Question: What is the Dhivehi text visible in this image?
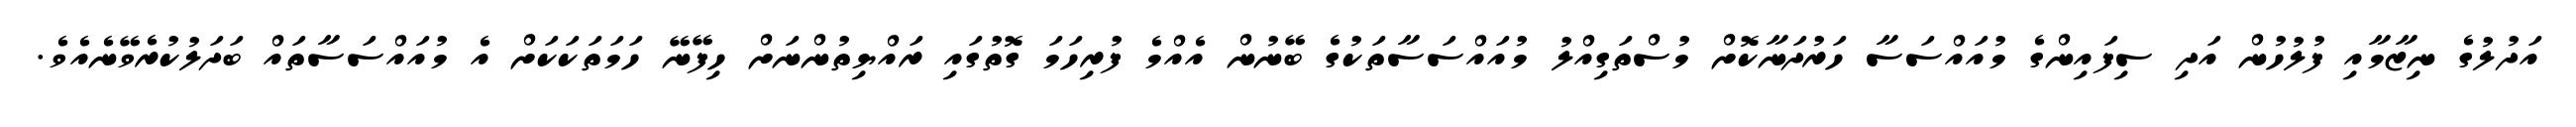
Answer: އަދުލުގެ ނިޒާމާއި ފުލުހުން އަދި ސިފައިންގެ މުއައްސަސާ ހަރުދަނާކޮށް މުސްތަގިއްލު މުއައްސަސާތަކުގެ ބޭނުން އެއްމެ ފުރިހަމަ ގޮތުގައި ރައްޔިތުންނަށް ހިފޭނޭ ހަމަތަކަކަށް އެ މުއައްސަސާތައް ބަދަލުކުރެވޭނެއެވެ.